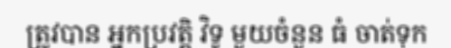
ត្រូវបាន អ្នកប្រវត្តិ វិទូ មួយចំនួន ធំ ចាត់ទុក